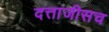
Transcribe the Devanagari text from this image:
दत्ताजीसच